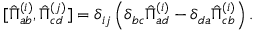
[ \hat { \Pi } _ { a b } ^ { ( i ) } , \hat { \Pi } _ { c d } ^ { ( j ) } ] = \delta _ { i j } \left( \delta _ { b c } \hat { \Pi } _ { a d } ^ { ( i ) } - \delta _ { d a } \hat { \Pi } _ { c b } ^ { ( i ) } \right) .